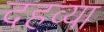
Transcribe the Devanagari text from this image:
दहव्या